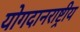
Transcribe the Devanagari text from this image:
योगदानराष्ट्रीय